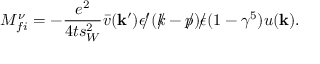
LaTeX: { \cal M } _ { f i } ^ { \nu } = - \frac { e ^ { 2 } } { 4 t s _ { W } ^ { 2 } } \bar { v } ( { \bf k } ^ { \prime } ) \epsilon ^ { \prime } \! \! \! / ( k \! \! \! / - p \! \! \! / ) \epsilon \! \! \! / ( 1 - \gamma ^ { 5 } ) u ( { \bf k } ) .